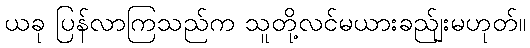
ယခု ပြန်လာကြသည်က သူတို့လင်မယားခည်ျးမဟုတ်။